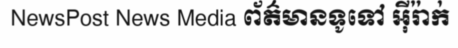
NewsPost News Media ព័ត៌មានទូទៅ អ៊ីរ៉ាក់